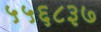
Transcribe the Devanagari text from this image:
५५६८३७